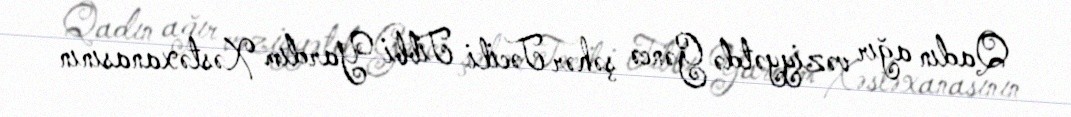
Qadın ağır vəziyyətdə Gəncə şəhər Təcili Tibbi Yardım Xəstəxanasının